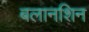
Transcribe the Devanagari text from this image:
बलानशिन